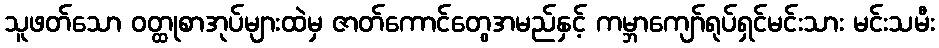
သူဖတ်သော ဝတ္ထုစာအုပ်များထဲမှ ဇာတ်ကောင်တွေအမည်နှင့် ကမ္ဘာကျော်ရုပ်ရှင်မင်းသား မင်းသမီး